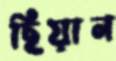
ছিয়ান